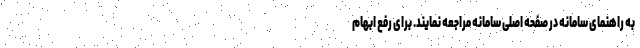
به راهنمای سامانه در صفحه اصلی سامانه مراجعه نمایند. برای رفع ابهام